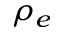
\rho _ { e }